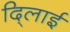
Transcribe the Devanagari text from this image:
दि्लाई